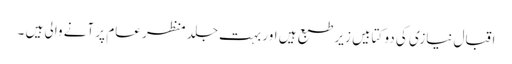
اقبال نیازی کی دو کتابیں زیر طبع ہیں اور بہت جلد منظر عام پر آنے والی ہیں ۔